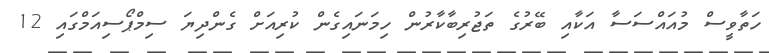
ހަތާވީސް މުއައްސަސާ އަކާއި ބޭރުގެ ތަޖުރިބާކާރުން ހިމަނައިގެން ކުރިއަށް ގެންދިޔަ ސިމްޕޯސިއަމްގައި 12